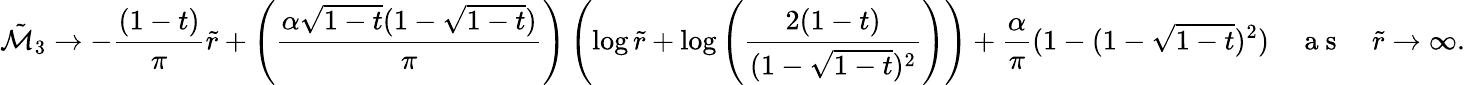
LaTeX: \tilde{\mathcal{M}}_{3}\rightarrow-\frac{(1-t)}{\pi}\tilde{r}+\left(\frac{\alpha\sqrt{1-t}(1-\sqrt{1-t})}{\pi}\right)\left(\log{\tilde{r}}+\log\left(\frac{2(1-t)}{(1-\sqrt{1-t})^{2}}\right)\right)+\frac{\alpha}{\pi}(1-(1-\sqrt{1-t})^{2})\quad\mathrm{~a~s~}\quad\tilde{r}\rightarrow\infty.